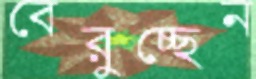
বেরুচ্ছেন